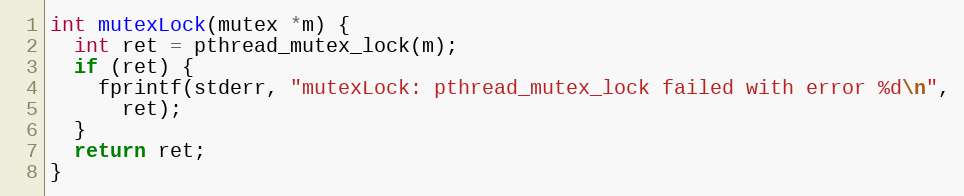
Language: C
int mutexLock(mutex *m) {
  int ret = pthread_mutex_lock(m);
  if (ret) {
    fprintf(stderr, "mutexLock: pthread_mutex_lock failed with error %d\n",
      ret);
  }
  return ret;
}